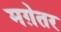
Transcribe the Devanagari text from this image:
मग़ेतर